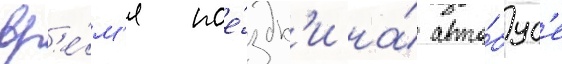
вр'е́м'я пое́здк'и на́ авто́бус'е